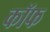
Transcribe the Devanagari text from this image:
कॉफ